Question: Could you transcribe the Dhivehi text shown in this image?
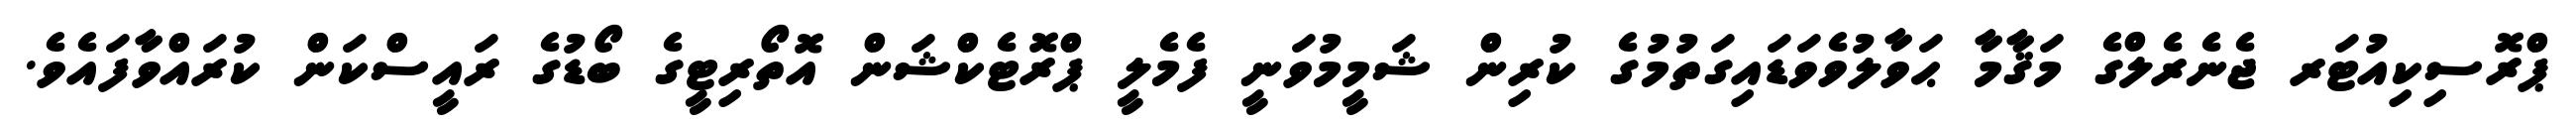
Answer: ޕްރޮސިކިއުޓަރ ޖެނެރެލްގެ މަޤާމާ ޙަވާލުވެވަޑައިގަތުމުގެ ކުރިން ޝަމީމުވަނީ ފެމެލީ ޕްރޮޓެކްޝަން އޮތޯރިޓީގެ ބޯޑުގެ ރައީސްކަން ކުރައްވާފައެވެ.